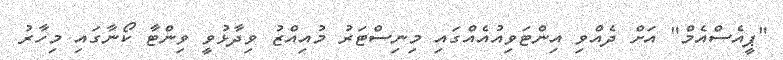
"ޕީއެސްއެމް" އަށް ދެއްވި އިންޓަވިއުއެއްގައި މިނިސްޓަރު މުއިއްޒު ވިދާޅުވީ ވިންޓާ ކޯނާގައި މިހާރު